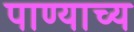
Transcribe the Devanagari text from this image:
पाण्याच्य